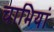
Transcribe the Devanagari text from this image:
चाभियां